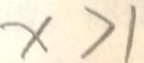
x > 1